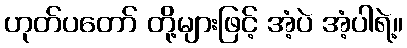
ဟုတ်ပတော် တို့များဖြင့် အံ့ပဲ အံ့ပါရဲ့။